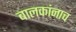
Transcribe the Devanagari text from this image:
बालकांनाच